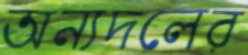
অন্যদলের